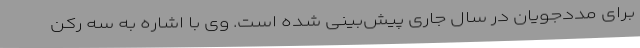
برای مددجویان در سال جاری پیش‌بینی شده است. وی با اشاره به سه رکن